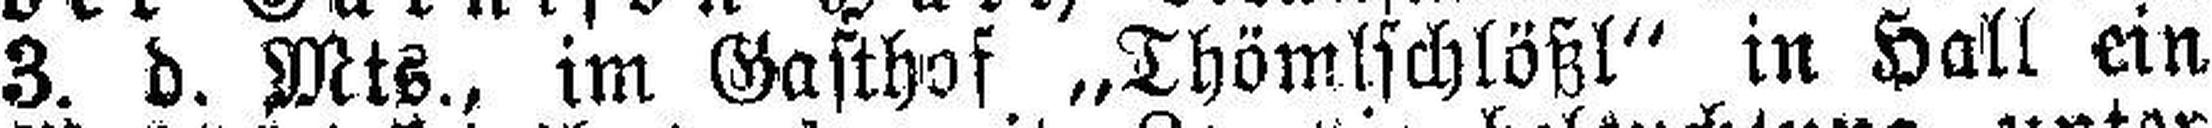
3. d. Mts., im Gasthof „Thömlschlößl“ in Hall ein